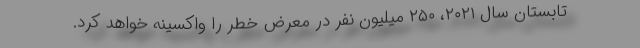
تابستان سال ۲۰۲۱، ۲۵۰ میلیون نفر در معرض خطر را واکسینه خواهد کرد.